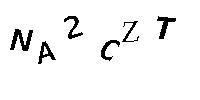
NA2CZT